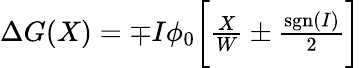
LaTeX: \begin{array}{r}{\Delta G(X)=\mp I\phi_{0}\biggl[\frac{X}{W}\pm\frac{\mathrm{sgn}(I)}{2}\biggr]}\end{array}